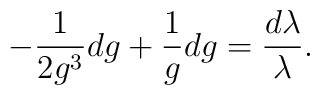
-\frac{1}{2g^3}dg+\frac{1}{g}dg=\frac{d\lambda}{\lambda}.